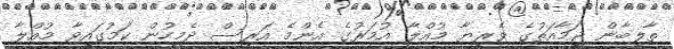
ތާލިބާން ޖަމާއަތުގެ ވެރިޔާ މުއްލާ އުމަރުގެ އެންމެ އަރިސް ދެމީހުން ކަމުގައިވާ މުއްލާ